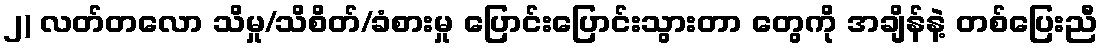
၂) လတ်တလော သိမှု/သိစိတ်/ခံစားမှု ပြောင်းပြောင်းသွားတာ တွေကို အချိန်နဲ့ တစ်ပြေးညီ